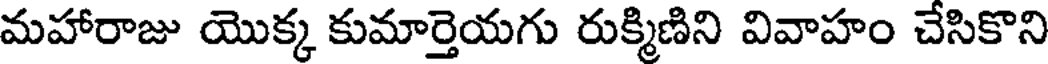
మహారాజు యొక్క కుమార్తెయగు రుక్మిణిని వివాహం చేసికొని